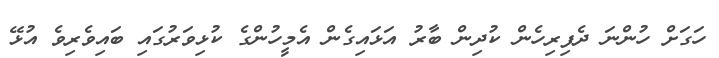
ހަގަށް ހުންނަ ދެފިރިހެން ކުދިން ބާރު އަޅައިގެން އެމީހުންގެ ކުޅިވަރުގައި ބައިވެރިވެ އުޅޭ